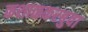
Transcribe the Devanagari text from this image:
कशाळकरबुवा